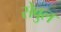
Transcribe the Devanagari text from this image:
सेबुल